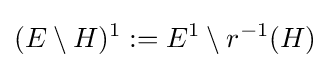
(E\setminus H)^{1}:=E^{1}\setminus r^{-1}(H)